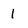
Character: 1